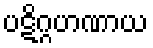
ပဋိဂ္ဂဟဏာယ